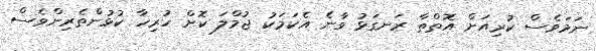
ނަމަވެސް ކުރިއަށް އޮތްތާ ރަނގަޅު ވާނެ އެކަމަކު ޖުމްލަ ކޮށް ހުރިހާ ކުޅުންތެރިންވެސް